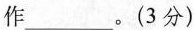
作___。(3分)